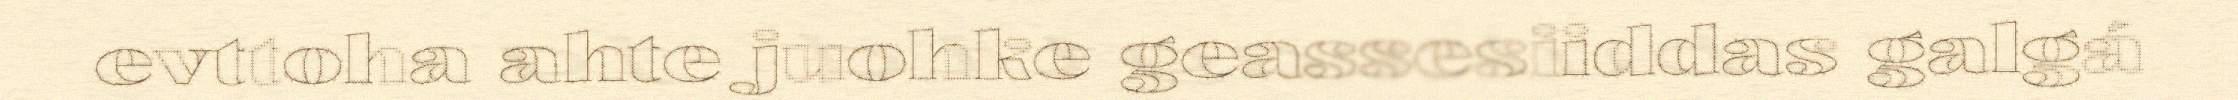
evttoha ahte juohke geassesiiddas galgá